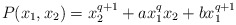
\begin{align*}P(x_1,x_2)=x_2^{q+1}+ax_1^qx_2+bx_1^{q+1}\end{align*}